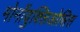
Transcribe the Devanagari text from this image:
मोनोंयुक्लिओसिस